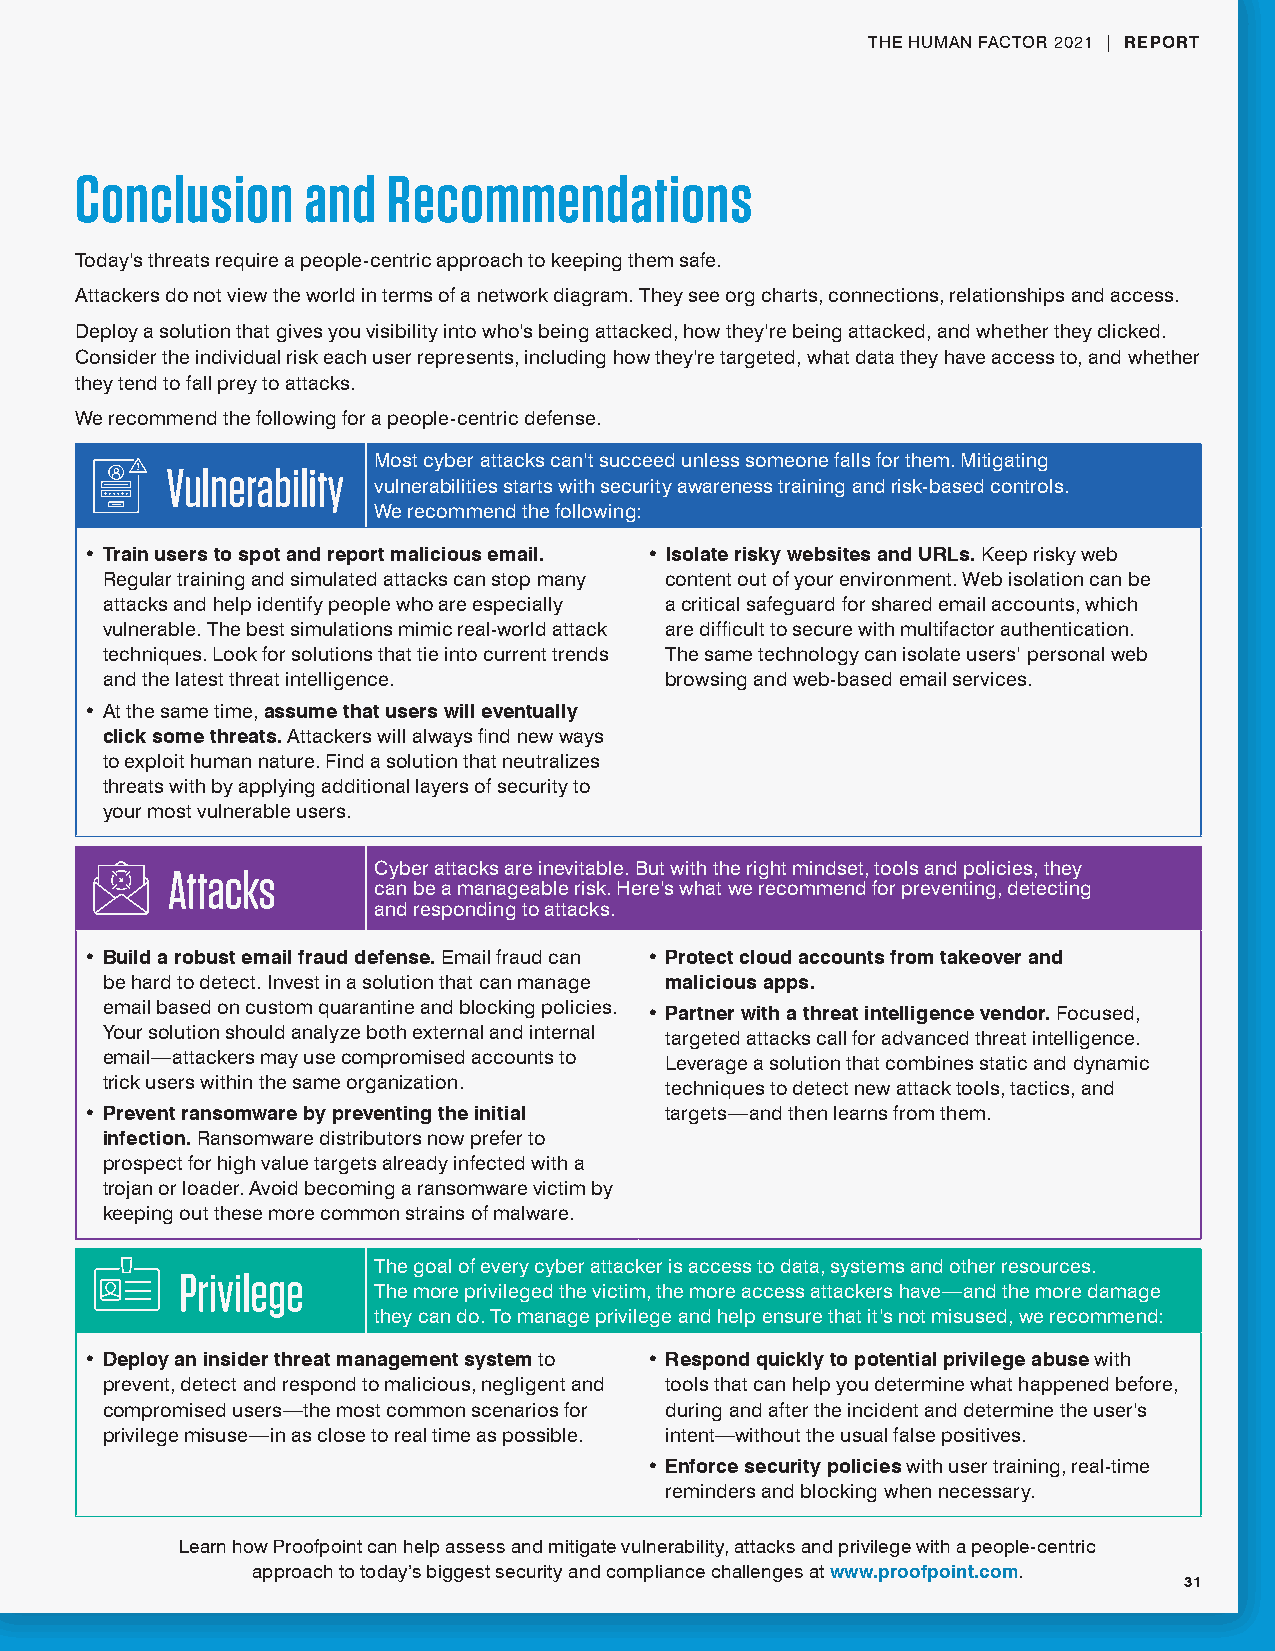
THE HUMAN FACTOR 2021 | REPORT
 Conclusion     and   Recommendations
 Today’s threats require a people-centric approach to keeping them safe.
 Attackers do not view the world in terms of a network diagram. They see org charts, connections, relationships and access.
 Deploy a solution that gives you visibility into who’s being attacked, how they’re being attacked, and whether they clicked.
 Consider the individual risk each user represents, including how they’re targeted, what data they have access to, and whether
 they tend to fall prey to attacks.
 We recommend the following for a people-centric defense.
 Most cyber attacks can’t succeed unless someone falls for them. Mitigating
 Vulnerability
 vulnerabilities starts with security awareness training and risk-based controls.
 We recommend the following:
 • Train users to spot and report malicious email. • Isolate risky websites and URLs. Keep risky web
 Regular training and simulated attacks can stop many content out of your environment. Web isolation can be
 attacks and help identify people who are especially a critical safeguard for shared email accounts, which
 vulnerable. The best simulations mimic real-world attack are difficult to secure with multifactor authentication.
 techniques. Look for solutions that tie into current trends The same technology can isolate users’ personal web
 and the latest threat intelligence.  browsing and web-based email services.
 • At the same time, assume that users will eventually
 click some threats. Attackers will always find new ways
 to exploit human nature. Find a solution that neutralizes
 threats with by applying additional layers of security to
 your most vulnerable users.
 Attacks       Cyber attacks are inevitable. But with the right mindset, tools and policies, they
 can be a manageable risk. Here’s what we recommend for preventing, detecting
 and responding to attacks.
 • Build a robust email fraud defense. Email fraud can • Protect cloud accounts from takeover and
 be hard to detect. Invest in a solution that can manage malicious apps.
 email based on custom quarantine and blocking policies. • Partner with a threat intelligence vendor. Focused,
 Your solution should analyze both external and internal targeted attacks call for advanced threat intelligence.
 email—attackers may use compromised accounts to Leverage a solution that combines static and dynamic
 trick users within the same organization. techniques to detect new attack tools, tactics, and
 • Prevent ransomware by preventing the initial targets—and then learns from them.
 infection. Ransomware distributors now prefer to
 prospect for high value targets already infected with a
 trojan or loader. Avoid becoming a ransomware victim by
 keeping out these more common strains of malware.
 The goal of every cyber attacker is access to data, systems and other resources.
 Privilege
 The more privileged the victim, the more access attackers have—and the more damage
 they can do. To manage privilege and help ensure that it’s not misused, we recommend:
 • Deploy an insider threat management system to • Respond quickly to potential privilege abuse with
 prevent, detect and respond to malicious, negligent and tools that can help you determine what happened before,
 compromised users—the most common scenarios for during and after the incident and determine the user’s
 privilege misuse—in as close to real time as possible. intent—without the usual false positives.
 • Enforce security policies with user training, real-time
 reminders and blocking when necessary.
 Learn how Proofpoint can help assess and mitigate vulnerability, attacks and privilege with a people-centric
 approach to today’s biggest security and compliance challenges at www.proofpoint.com.
 31